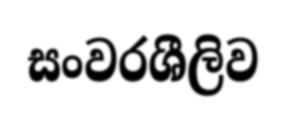
සංවරශීලිව